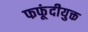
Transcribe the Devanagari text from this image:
फफूंदीयुक्त